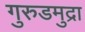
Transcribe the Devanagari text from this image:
गुरुडमुद्रा